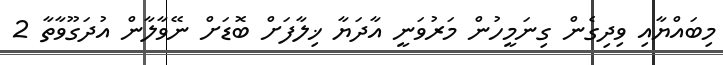
މިބައްޔާއި ވިދިގެން ގިނަމީހުން މަރުވަނީ އާދަޔާ ޚިލާފަށް ބޮޑަށް ނޭވާލާން އުދަގޫވާތާ 2